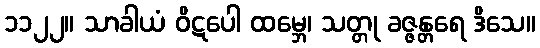
၁၁၂၂။ သာခါယံ ဝိဋပေါ ထမ္ဘေ၊ သတ္တု ခဇ္ဇန္တရေ ဒိသေ။